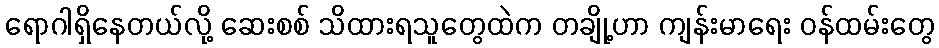
ရောဂါရှိနေတယ်လို့ ဆေးစစ် သိထားရသူတွေထဲက တချို့ဟာ ကျန်းမာရေး ဝန်ထမ်းတွေ